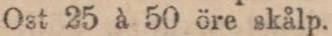
Ost 25 à 50 öre skålp.